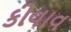
કીવાવ